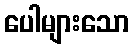
ပေါများသော